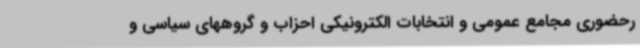
رحضوری مجامع عمومی و انتخابات الکترونیکی احزاب و گروههای سیاسی و